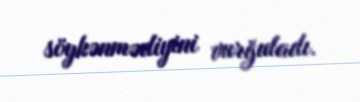
söykənmədiyini vurğuladı.